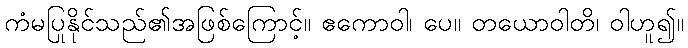
ကံမပြုနိုင်သည်၏အဖြစ်ကြောင့်။ ဧကောဝါ၊ ပေ။ တယောဝါတိ၊ ဝါဟူ၍။